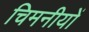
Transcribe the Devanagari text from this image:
चिमनीयों